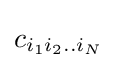
c_{i_{1}i_{2}..i_{N}}